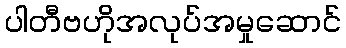
ပါတီဗဟိုအလုပ်အမှုဆောင်